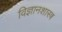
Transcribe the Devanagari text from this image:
विज्ञानशास्त्र